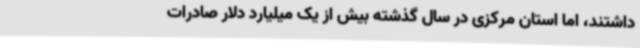
داشتند، اما استان مرکزی در سال گذشته بیش از یک میلیارد دلار صادرات